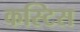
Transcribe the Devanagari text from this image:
कस्टिस